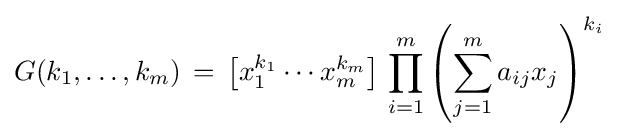
G(k_{1},\dots ,k_{m})\,=\,{\bigl [}x_{1}^{k_{1}}\cdots x_{m}^{k_{m}}{\bigr ]}\,\prod _{i=1}^{m}\left(\sum _{j=1}^{m}a_{ij}x_{j}\right)^{k_{i}}